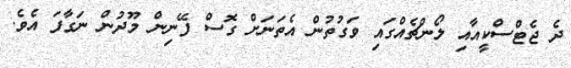
ދެ ޖެޓްސްކީއާއި ލޯންޗެއްގައި ވަގުތުން އެތަނަށް ގޮސް ފޭނިން މޫދުން ނަގާފަ އެވެ.